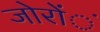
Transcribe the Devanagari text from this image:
जोरोंंं